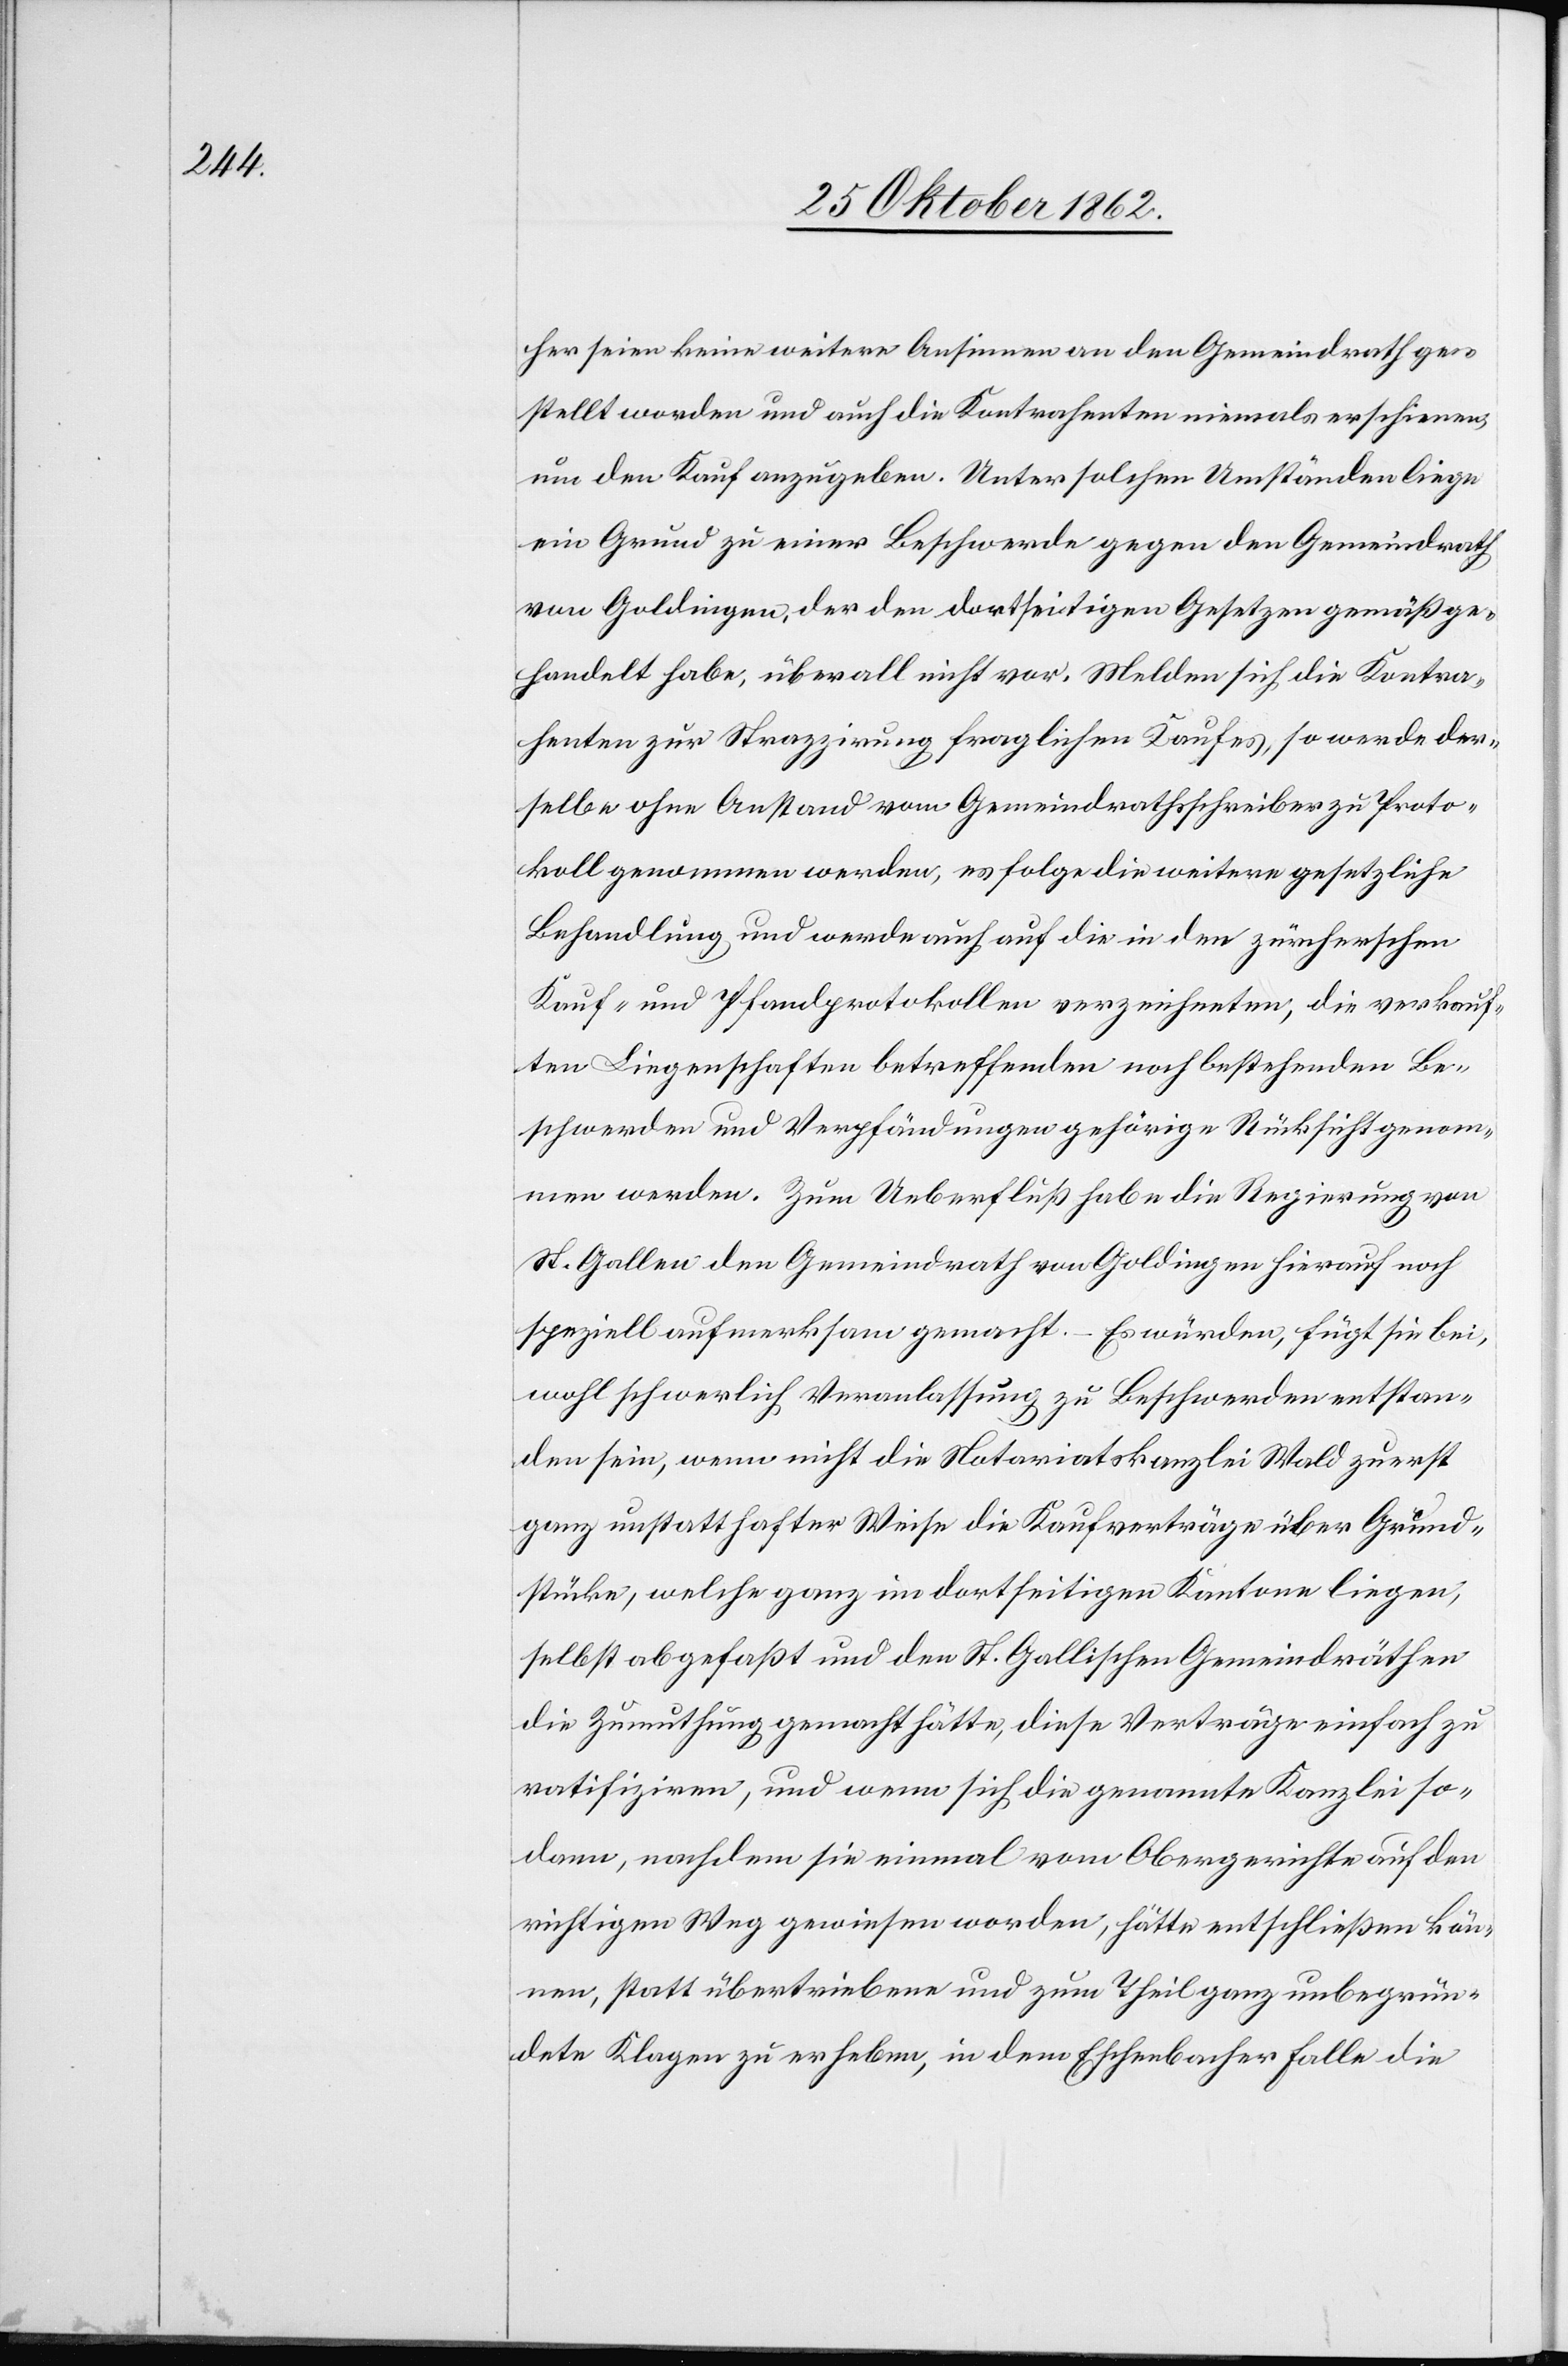
her seien keine weitere Ansinnen an den Gemeindrath ge¬
stellt worden und auch die Kontrahenten niemals erschienen,
um den Kauf anzugeben. Unter solchen Umständen liege
ein Grund zu einer Beschwerde gegen den Gemeindrath
von Goldingen, der den dortseitigen Gesetzen gemäß ge¬
handelt habe, überall nicht vor. Melden sich die Kontra¬
henten zur Strazzirung fraglichen Kaufes, so werde der¬
selbe ohne Anstand vom Gemeindrathsschreiber zu Proto¬
koll genommen werden, es folge die weitere gesetzliche
Behandlung und werde auch auf die in den zürcherschen
Kauf- und Pfandprotokollen verzeichneten, die verkauf¬
ten Liegenschaften betreffenden noch bestehenden Be¬
schwerden und Verpfändungen gehörige Rücksicht genom¬
men werden. Zum Ueberfluß habe die Regierung von
St. Gallen den Gemeindrath von Goldingen hierauf noch
speziell aufmerksam gemacht. – Es würden, fügt sie bei,
wohl schwerlich Veranlassung zu Beschwerden entstan¬
den sein, wenn nicht die Notariatskanzlei Wald zuerst
ganz unstatthafter Weise die Kaufverträge über Grund¬
stücke, welche ganz im dortseitigen Kantone liegen,
selbst abgefaßt und den St. Gallischen Gemeindräthen
die Zumuthung gemacht hätte, diese Verträge einfach zu
ratifiziren, und wenn sich die genannte Kanzlei so¬
dann, nachdem sie einmal vom Obergerichte auf den
richtigen Weg gewiesen worden, hätte entschließen kön¬
nen, statt übertriebene und zum Theil ganz unbegrün¬
dete Klagen zu erheben, in dem Eschenbacher Falle die